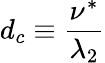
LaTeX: d_{c}\equiv\frac{\nu^{*}}{\lambda_{2}}